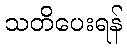
သတိပေးရန်